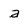
Character: a